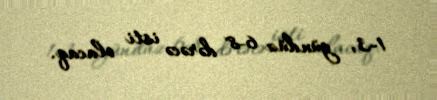
1-3, gündüz 6-8 dərəcə isti olacaq.